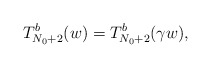
\begin{align*} T^b_{N_0 + 2}(w) = T^b_{N_0 + 2}(\gamma w), \end{align*}